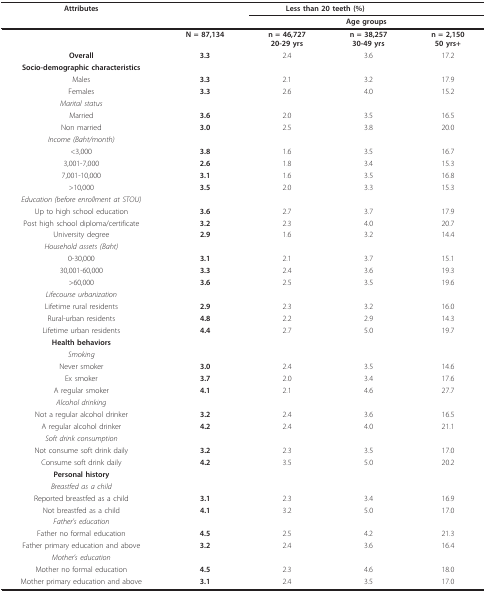
<table><thead><tr><td><b>Attributes</b></td><td colspan="4"><b>Less than 20 teeth (%)</b></td></tr><tr><td></td><td></td><td colspan="3"><b>Age groups </b></td></tr></thead><tbody><tr><td></td><td><b>N = 87,134</b></td><td><b>n = 46,727</b><b>20-29 yrs</b></td><td><b>n = 38,257</b><b>30-49 yrs</b></td><td><b>n = 2,150</b><b>50 yrs+</b></td></tr><tr><td><b>Overall</b></td><td><b>3.3</b></td><td>2.4</td><td>3.6</td><td>17.2</td></tr><tr><td><b>Socio-demographic characteristics</b></td><td></td><td></td><td></td><td></td></tr><tr><td>Males</td><td><b>3.3</b></td><td>2.1</td><td>3.2</td><td>17.9</td></tr><tr><td>Females</td><td><b>3.3</b></td><td>2.6</td><td>4.0</td><td>15.2</td></tr><tr><td><i>Marital status</i></td><td></td><td></td><td></td><td></td></tr><tr><td>Married</td><td><b>3.6</b></td><td>2.0</td><td>3.5</td><td>16.5</td></tr><tr><td>Non married</td><td><b>3.0</b></td><td>2.5</td><td>3.8</td><td>20.0</td></tr><tr><td><i>Income </i><i>(Baht/month)</i></td><td></td><td></td><td></td><td></td></tr><tr><td>&lt;3,000</td><td><b>3.8</b></td><td>1.6</td><td>3.5</td><td>16.7</td></tr><tr><td>3,001-7,000</td><td><b>2.6</b></td><td>1.8</td><td>3.4</td><td>15.3</td></tr><tr><td>7,001-10,000</td><td><b>3.1</b></td><td>1.6</td><td>3.5</td><td>16.8</td></tr><tr><td>&gt;10,000</td><td><b>3.5</b></td><td>2.0</td><td>3.3</td><td>15.3</td></tr><tr><td><i>Education (before enrollment at STOU)</i></td><td></td><td></td><td></td><td></td></tr><tr><td>Up to high school education</td><td><b>3.6</b></td><td>2.7</td><td>3.7</td><td>17.9</td></tr><tr><td>Post high school diploma/certificate</td><td><b>3.2</b></td><td>2.3</td><td>4.0</td><td>20.7</td></tr><tr><td>University degree</td><td><b>2.9</b></td><td>1.6</td><td>3.2</td><td>14.4</td></tr><tr><td><i>Household assets </i><i>(Baht)</i></td><td></td><td></td><td></td><td></td></tr><tr><td>0-30,000</td><td><b>3.1</b></td><td>2.1</td><td>3.7</td><td>15.1</td></tr><tr><td>30,001-60,000</td><td><b>3.3</b></td><td>2.4</td><td>3.6</td><td>19.3</td></tr><tr><td>&gt;60,000</td><td><b>3.6</b></td><td>2.5</td><td>3.5</td><td>19.6</td></tr><tr><td><i>Lifecourse urbanization</i></td><td></td><td></td><td></td><td></td></tr><tr><td>Lifetime rural residents</td><td><b>2.9</b></td><td>2.3</td><td>3.2</td><td>16.0</td></tr><tr><td>Rural-urban residents</td><td><b>4.8</b></td><td>2.2</td><td>2.9</td><td>14.3</td></tr><tr><td>Lifetime urban residents</td><td><b>4.4</b></td><td>2.7</td><td>5.0</td><td>19.7</td></tr><tr><td><b>Health behaviors</b></td><td></td><td></td><td></td><td></td></tr><tr><td><i>Smoking</i></td><td></td><td></td><td></td><td></td></tr><tr><td>Never smoker</td><td><b>3.0</b></td><td>2.4</td><td>3.5</td><td>14.6</td></tr><tr><td>Ex smoker</td><td><b>3.7</b></td><td>2.0</td><td>3.4</td><td>17.6</td></tr><tr><td>A regular smoker</td><td><b>4.1</b></td><td>2.1</td><td>4.6</td><td>27.7</td></tr><tr><td><i>Alcohol drinking</i></td><td></td><td></td><td></td><td></td></tr><tr><td>Not a regular alcohol drinker</td><td><b>3.2</b></td><td>2.4</td><td>3.6</td><td>16.5</td></tr><tr><td>A regular alcohol drinker</td><td><b>4.2</b></td><td>2.4</td><td>4.0</td><td>21.1</td></tr><tr><td><i>Soft drink consumption</i></td><td></td><td></td><td></td><td></td></tr><tr><td>Not consume soft drink daily</td><td><b>3.2</b></td><td>2.3</td><td>3.5</td><td>17.0</td></tr><tr><td>Consume soft drink daily</td><td><b>4.2</b></td><td>3.5</td><td>5.0</td><td>20.2</td></tr><tr><td><b>Personal history</b></td><td></td><td></td><td></td><td></td></tr><tr><td><i>Breastfed as a child</i></td><td></td><td></td><td></td><td></td></tr><tr><td>Reported breastfed as a child</td><td><b>3.1</b></td><td>2.3</td><td>3.4</td><td>16.9</td></tr><tr><td>Not breastfed as a child</td><td><b>4.1</b></td><td>3.2</td><td>5.0</td><td>17.0</td></tr><tr><td><i>Father&#x27;s education</i></td><td></td><td></td><td></td><td></td></tr><tr><td>Father no formal education</td><td><b>4.5</b></td><td>2.5</td><td>4.2</td><td>21.3</td></tr><tr><td>Father primary education and above</td><td><b>3.2</b></td><td>2.4</td><td>3.6</td><td>16.4</td></tr><tr><td><i>Mother&#x27;s education</i></td><td></td><td></td><td></td><td></td></tr><tr><td>Mother no formal education</td><td><b>4.5</b></td><td>2.3</td><td>4.6</td><td>18.0</td></tr><tr><td>Mother primary education and above</td><td><b>3.1</b></td><td>2.4</td><td>3.5</td><td>17.0</td></tr></tbody></table>